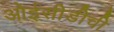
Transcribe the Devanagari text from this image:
ओईसीडीची